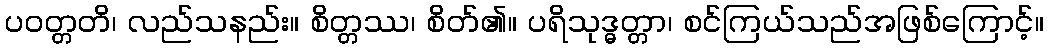
ပဝတ္တတိ၊ လည်သနည်း။ စိတ္တဿ၊ စိတ်၏။ ပရိသုဒ္ဓတ္တာ၊ စင်ကြယ်သည်အဖြစ်ကြောင့်။